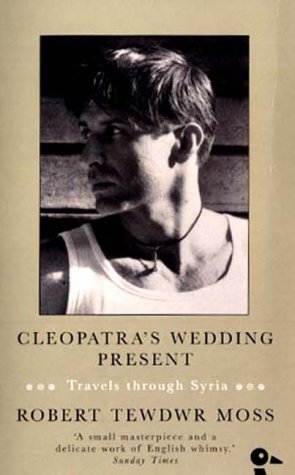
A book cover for Cleopatra's Wedding Present: Travels Through Syria; Robert Tewdwr Moss; Travel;